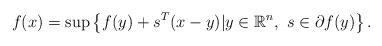
LaTeX: \begin{align*}f(x)=\sup \left\{f(y)+s^T(x-y)|y\in \mathbb{R}^n,\ s\in \partial f(y)\right\}.\end{align*}